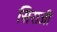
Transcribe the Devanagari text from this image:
सिराजी